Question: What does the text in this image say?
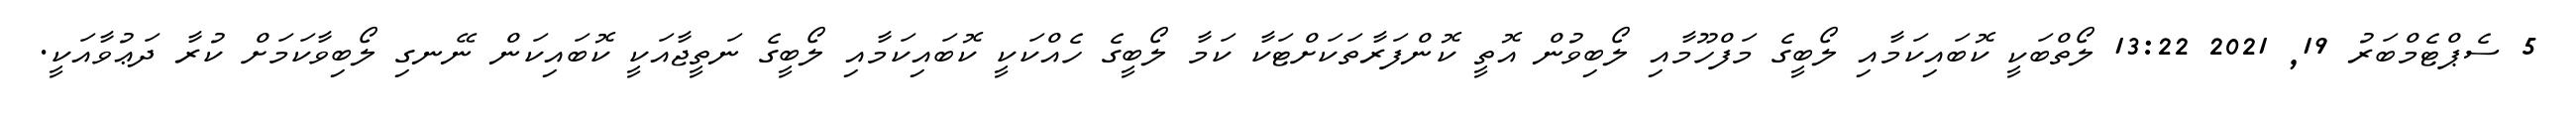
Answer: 5 ސެޕްޓެމްބަރު 19, 2021 13:22 ލޯތްބަކީ ކޮބައިކަމާއި ލޯބީގެ މަފްހޫމާއި ލޯބިވުން އޮތީ ކޮންފަރާތަކަށްޓަކާ ކަމާ ލޯބީގެ ހެއްކަކީ ކޮބައިކަމާއި ލޯބީގެ ނަތީޖާއަކީ ކޮބައިކަން ނޭނގި ލޯބިވާކަމަށް ކުރާ ދަޢުވާއަކީ.